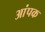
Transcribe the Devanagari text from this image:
आंपक